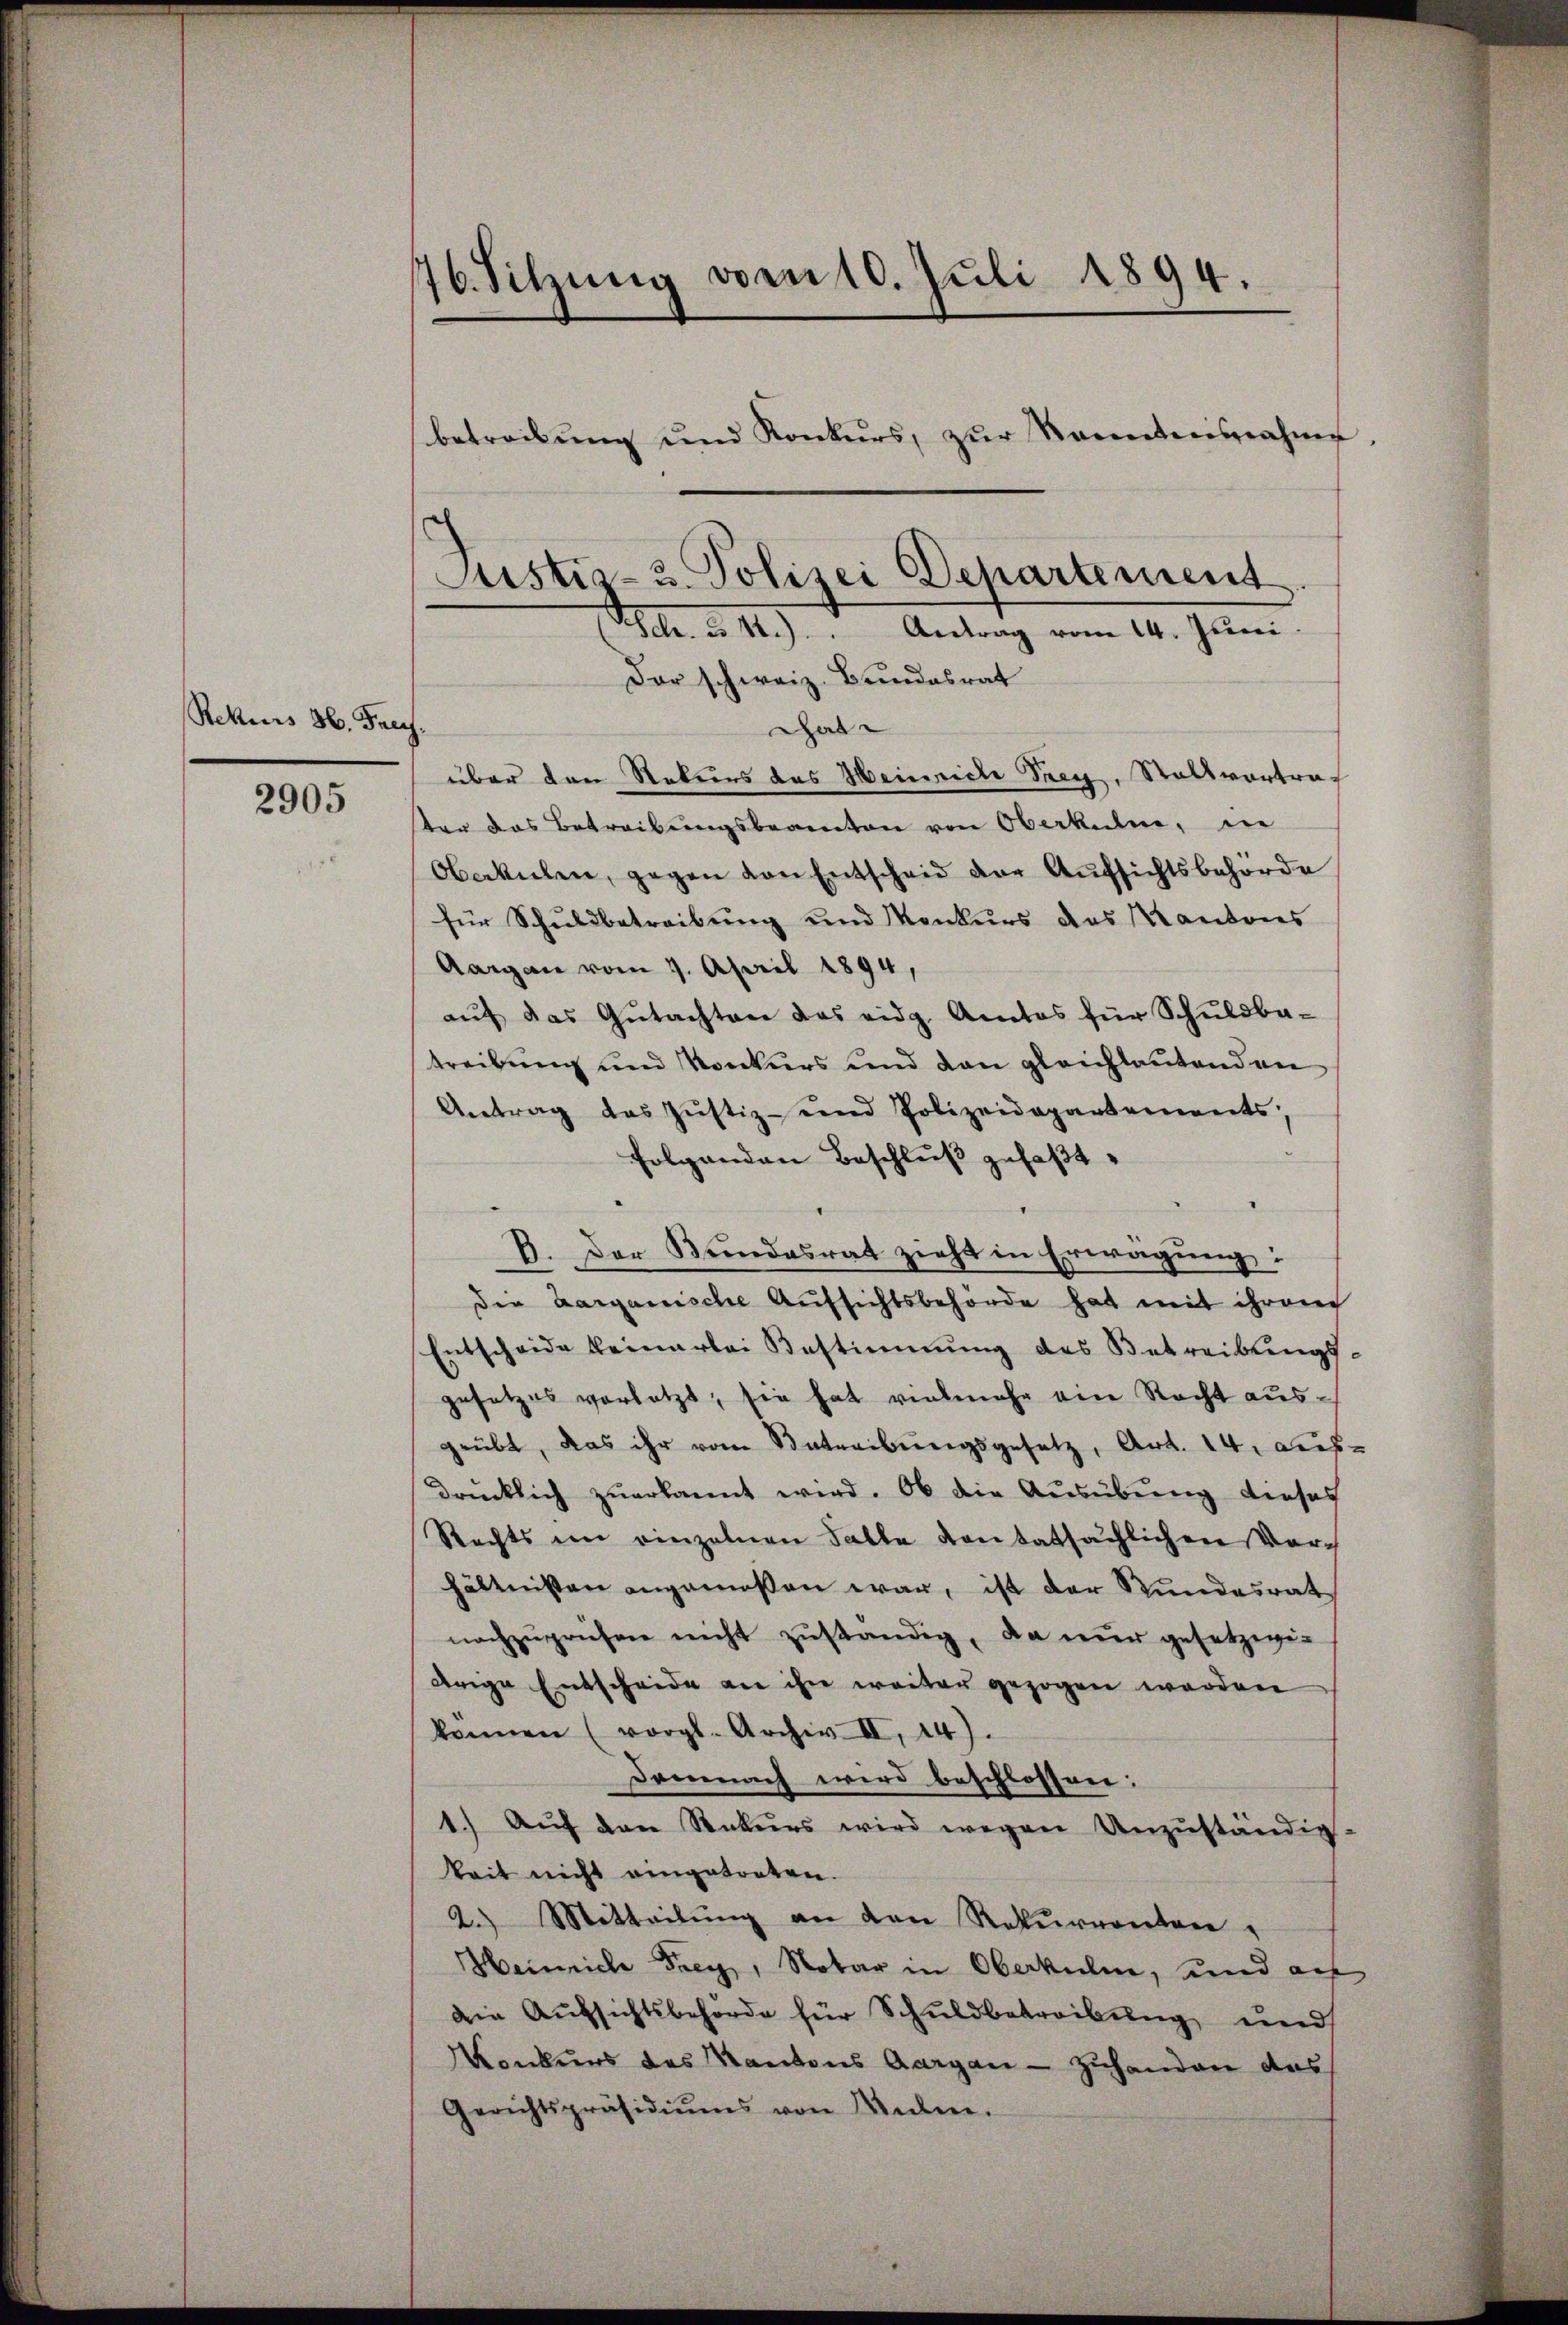
Rekiis 36. Paus.

2905

16. Sitzung vom 10. Juli 1894
e

betreibŭng und Konkurs, zŭr Kenntensnahme.
Justiz- 3. Polizei Departement
lr. u. II.) Antrag vom 14. Juni

Dar schweiz. Bundesrat
Der
über den Rekurs des Heinriche Frey, Stallvortrater das Betreibungsbeamten von Oberkulie, in
Oberkulen, gegen von Entscheid der Aufsichtsbehörde
für Schuldbetreibung und Konkurs des Kantons
Aargau vom 9. April 1894,
aŭf das Gŭtachten das eidg. Amtos für Schuldba-
treibung und Konkurs und den gleichlautenden
Antrag des Jŭstiz- und Polizeidepartements,
folgenden Beschluß gefaßt.
V. Der Bundesrat zieht in Erwägung:
die aarganische Aufsichtsbehörde hat mit ihren
Entscheide keinerlei Bestimmung des Betreibungsgesetzes vorletzt; sie hat vielmehr ein Recht ausgrübt, das ihr vom Betreibŭngsgesetz, Art. 14. Aus-
drücklich zuerkannt wird. Ob die Ausübung dieses
Rechts im einzelnen Falle von tatsächlichen Vor-
hältnissen angemeßen war, ist der Stundesrat
nachzuprüfen nicht zuständig, da nur gesetzegi-
drige Entscheide an ihn weiter gezogen werden
können (vergl. Archiv II, 14).
Demnach wird beschlossen:
1. Aŭf den Rekurs wird wegen Unzŭständig-
keit nicht eingetreten.
2.) Mitteilŭng an den Rekurrenten,
Heinrich Frey, Notar in Oberkulin, und auf
die Aufsichtsbehörde für Schuldbetreibung und
onkurs des Kantons Aargau - Zuhanden das
Gerichtspräsidiŭms von Wien.